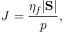
J = \frac { \eta _ { f } | \mathrm { \bf S } | } { p } ,